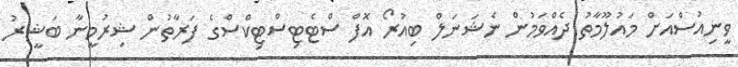
ވީނިއުސްއަށް މައުލޫމާތު ދެއްވަމުން ނެޝަނަލް ބިއުރޯ އޮފް ސްޓެޓިސްޓިކްސްގެ ފަރާތުން ޝިރުމީނާ ބަޝީރު